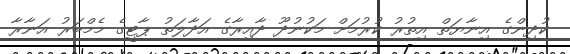
ކުދިންގެ އިނާޔަތް އިތުރު ކުރުމަށް މަކުނުދޫ ދާއިރާގެ އަދާލަތު ޕާޓީގެ މެމްބަރު އަނާރާ